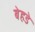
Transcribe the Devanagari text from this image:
बेहडे